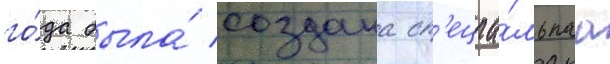
го́да была́ создана сп'ециа́льнаа